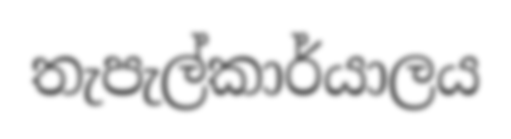
තැපැල්කාර්යාලය